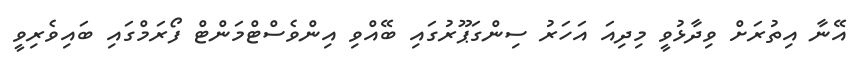
އޭނާ އިތުރަށް ވިދާޅުވީ މިދިއަ އަހަރު ސިންގަޕޫރުގައި ބޭއްވި އިންވެސްޓްމަންޓް ފޯރަމްގައި ބައިވެރިވީ